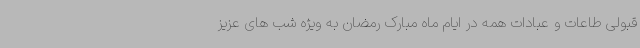
قبولی طاعات و عبادات همه در ایام ماه مبارک رمضان به ویژه شب های عزیز